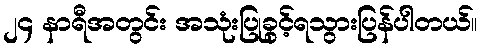
၂၄ နာရီအတွင်း အသုံးပြုခွင့်ရသွားပြန်ပါတယ်။